Report on the bubonic plague in Bombay, 1896-1897
Year: 1896
Disease focus: Plague
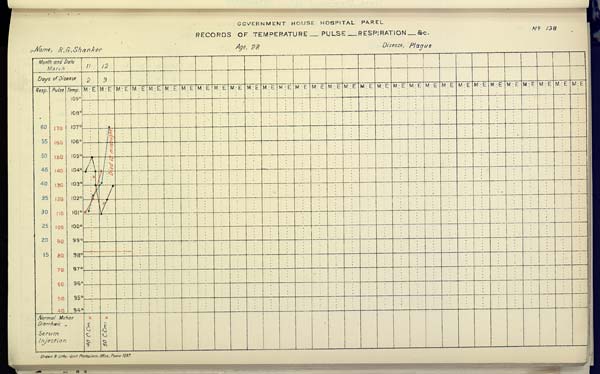
GOVERNMENT HOUSE HOSPITAL PAREL
RECORDS OF TEMPERATURE __ PULSE __ RESPIRATION __ &c. No. 138
Name,
R.
G.
Shanker
Age,
28
Disease,
Plague
Drawn & Litho: Govt. Photozinco: Office, Poona 1897.